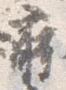
蒔